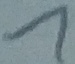
Text: 1